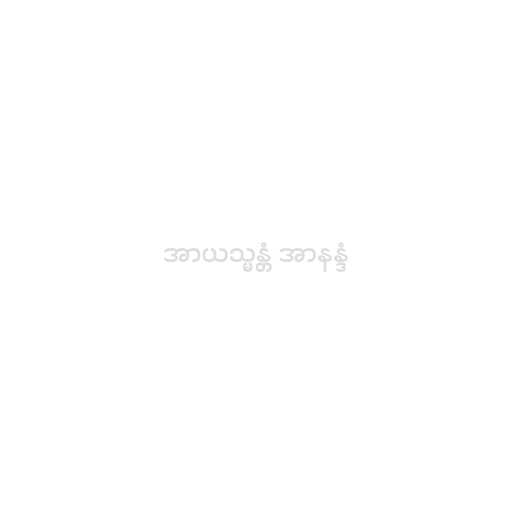
အာယသ္မန္တံ အာနန္ဒံ